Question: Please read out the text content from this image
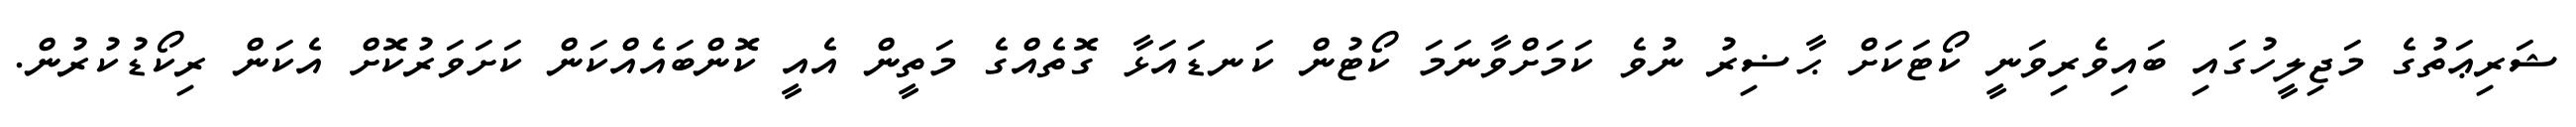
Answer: ޝަރިޢަތުގެ މަޖިލީހުގައި ބައިވެރިވަނީ ކޯޓަކަށް ޙާޟިރު ނުވެ ކަމަށްވާނަމަ ކޯޓުން ކަނޑައަޅާ ގޮތެއްގެ މަތީން އެއީ ކޮންބައެއްކަން ކަށަވަރުކޮށް އެކަން ރިކޯޑުކުރުން.